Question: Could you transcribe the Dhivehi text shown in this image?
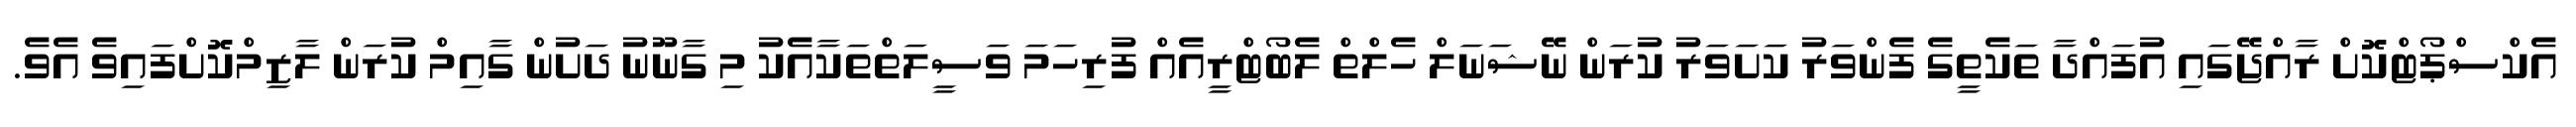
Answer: އެކްސްޕޯޓްކޮށް ރާއްޖޭގައި އުފައްދާ ތަކެތީގެ ފެންވަރު ކަށަވަރު ކުރަން ނޭޝަނަލް ހެލްތް ލެބޯޓްރީއެއް ފުރިހަމަ ވަސީލަތްތަކާއެކު މި ގާނޫނު ދަށުން ގާއިމް ކުރަން ލާޒިމްކޮށްފައިވެ އެވެ.